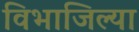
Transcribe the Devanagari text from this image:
विभाजिल्या